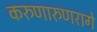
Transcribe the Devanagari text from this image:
करुणारुणरागे